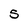
Character: 5